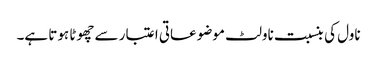
ناول کی بنسبت ناولٹ موضوعاتی اعتبار سے چھوٹا ہوتا ہے۔